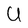
Character: U